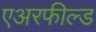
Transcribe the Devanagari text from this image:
एअरफील्ड